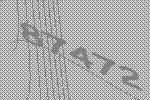
87472